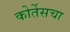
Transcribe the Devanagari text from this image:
कोर्तेसचा